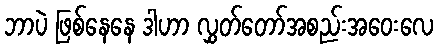
ဘာပဲ ဖြစ်နေနေ ဒါဟာ လွှတ်တော်အစည်းအဝေးလေ